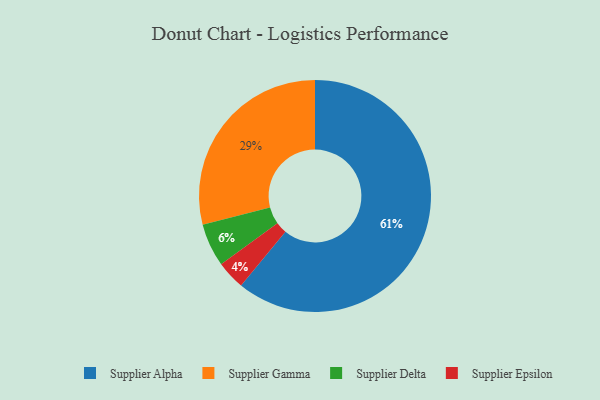
{"axis": {"x": "Category", "y": "Percentage"}, "legend": ["Supplier Alpha", "Supplier Delta", "Supplier Epsilon", "Supplier Gamma"], "data": [{"x": "Supplier Alpha", "y": 61, "type": "Supplier Alpha"}, {"x": "Supplier Delta", "y": 6, "type": "Supplier Delta"}, {"x": "Supplier Epsilon", "y": 4, "type": "Supplier Epsilon"}, {"x": "Supplier Gamma", "y": 29, "type": "Supplier Gamma"}]}